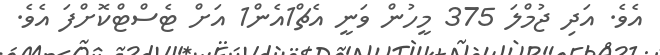
އެވެ. އަދި ޖުމްލަ 375 މީހުން ވަނީ އެޗް1އެން1 އަށް ޓެސްޓްކޮށްފަ އެވެ.